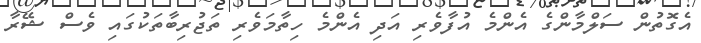
އެގޮތުން ސަލްމާންގެ އެންމެ އުފާވެރި އަދި އެންމެ ހިތާމަވެރި ތަޖުރިބާތަކުގައި ވެސް ޝޭރާ